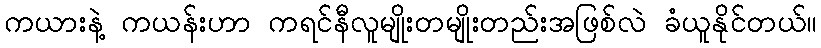
ကယားနဲ့ ကယန်းဟာ ကရင်နီလူမျိုးတမျိုးတည်းအဖြစ်လဲ ခံယူနိုင်တယ်။